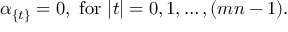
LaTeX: \alpha _ { \{ t \} } = 0 , \ \mathrm { f o r } \ | t | = 0 , 1 , \ldots , ( m n - 1 ) .